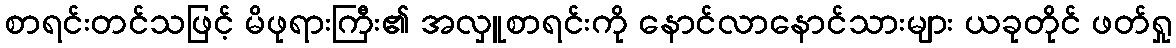
စာရင်းတင်သဖြင့် မိဖုရားကြီး၏ အလှူစာရင်းကို နောင်လာနောင်သားများ ယခုတိုင် ဖတ်ရှု